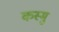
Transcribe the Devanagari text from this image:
कस्मु